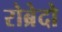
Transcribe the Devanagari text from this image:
रोब्रेदो